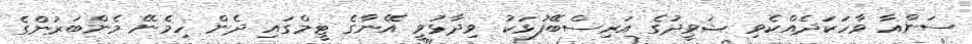
ސަންއާ ވާހަކަދެއްކެވި ޝަވީދުގެ އަރިސްބޭފުޅަކު ވިދާޅުވީ އޭނާގެ ޓީމްގައި ދެން ހިމެނޭ މެންބަރުންގެ